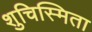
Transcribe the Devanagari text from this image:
शुचिस्मिता